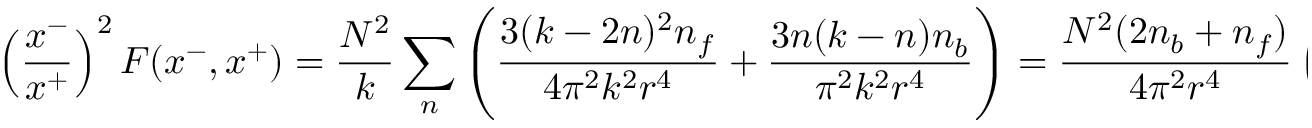
\left( { \frac { x ^ { - } } { x ^ { + } } } \right) ^ { 2 } F ( x ^ { - } , x ^ { + } ) = { \frac { N ^ { 2 } } { k } } \sum _ { n } \left( { \frac { 3 ( k - 2 n ) ^ { 2 } n _ { f } } { 4 \pi ^ { 2 } k ^ { 2 } r ^ { 4 } } } + { \frac { 3 n ( k - n ) n _ { b } } { \pi ^ { 2 } k ^ { 2 } r ^ { 4 } } } \right) = { \frac { N ^ { 2 } ( 2 n _ { b } + n _ { f } ) } { 4 \pi ^ { 2 } r ^ { 4 } } } \left( 1 - { \frac { 1 } { k } } \right)